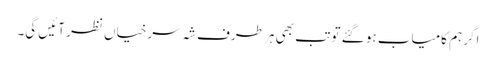
اگر ہم کامیاب ہو گئے تو تب بھی ہر طرف شہ سرخیاں نظر آئیں گی۔